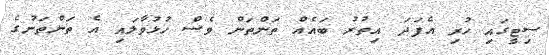
ސިޓީގައި ހުރި އެފަދަ އިތުރު ބައެއް ތަންތަން ވެސް ހުޅުވާލައި އެ ތަންތަނުގެ